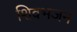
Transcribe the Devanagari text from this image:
शिवभजन